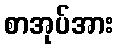
စာအုပ်အား